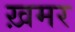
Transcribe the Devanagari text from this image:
ख़मर